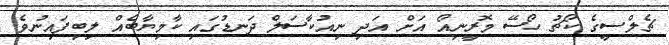
ޗެލްސީގެ ކޯޗު ހޯސޭ މޮރީނިއޯ އަށް އަދި ނިއުކާސަލް ދަނޑުގައި ކާމިޔާބެއް ލިބިފައިނުވެ